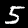
Digit: 5